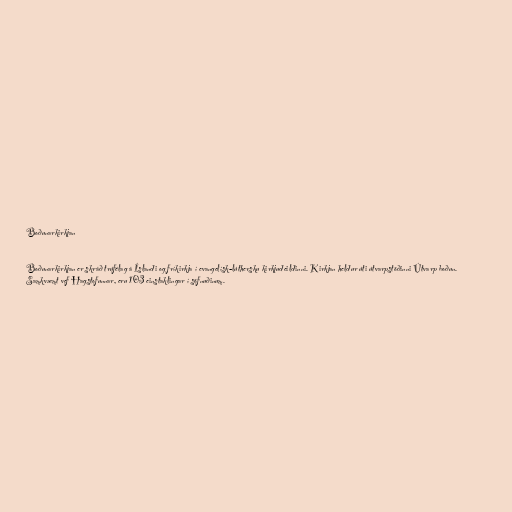
Boðunarkirkjan

Boðunarkirkjan er skráð trúfélag á Íslandi og fríkirkja í evangelísk-lúthersku kirkjudeildinni. Kirkjan heldur úti útvarpstöðinni Útvarp boðun.
Samkvæmt vef Hagstofunnar, eru 103 einstaklingar í söfnuðinum.